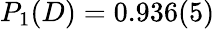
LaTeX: P_{1}(D)=0.936(5)